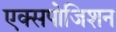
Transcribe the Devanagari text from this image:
एक्सपोजिशन